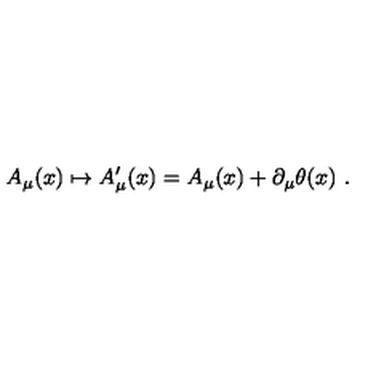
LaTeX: A _ { \mu } ( x ) \mapsto A _ { \mu } ^ { \prime } ( x ) = A _ { \mu } ( x ) + \partial _ { \mu } \theta ( x ) \ .